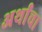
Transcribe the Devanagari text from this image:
अर्थांचा